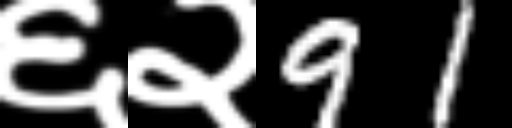
Text: ६२91